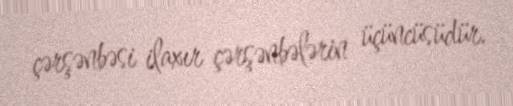
çərşənbəsi ilaxır çərşənbələrin üçüncüsüdür.